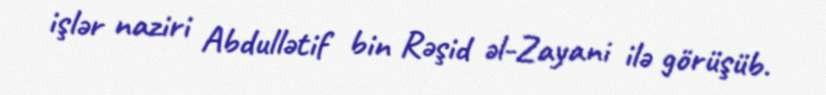
işlər naziri Abdullətif bin Rəşid əl-Zayani ilə görüşüb.